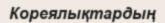
Кореялықтардың